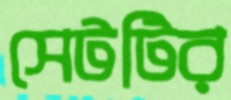
সেটটির